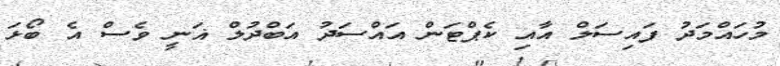
މުހައްމަދު ފައިސަލް އާއި ކެޕްޓަން އައްސަދު އަބްދުލް ޣަނީ ވެސް އެ ބޯޅަ